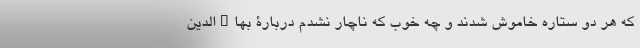
که هر دو ستاره خاموش شدند و چه خوب که ناچار نشدم دربارۀ بهاء‌الدین